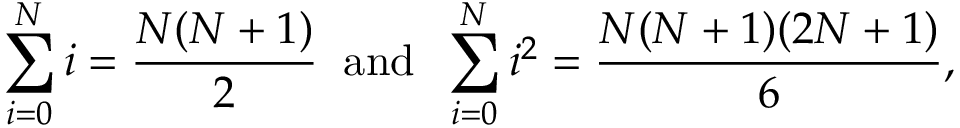
\sum _ { i = 0 } ^ { N } i = { \frac { N ( N + 1 ) } { 2 } } \; \; \mathrm { a n d } \; \; \sum _ { i = 0 } ^ { N } i ^ { 2 } = { \frac { N ( N + 1 ) ( 2 N + 1 ) } { 6 } } ,